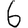
Digit: 6